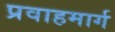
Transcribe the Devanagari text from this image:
प्रवाहमार्ग